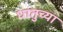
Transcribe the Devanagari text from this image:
धातुच्या